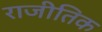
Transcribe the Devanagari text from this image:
राजीतिक